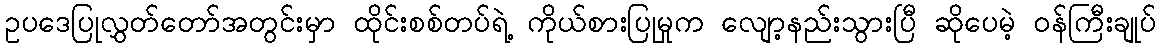
ဥပဒေပြုလွှတ်တော်အတွင်းမှာ ထိုင်းစစ်တပ်ရဲ့ ကိုယ်စားပြုမှုက လျော့နည်းသွားပြီ ဆိုပေမဲ့ ဝန်ကြီးချုပ်